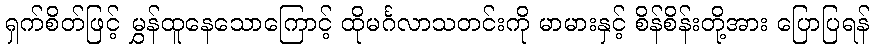
ရှက်စိတ်ဖြင့် မွှန်ထူနေသောကြောင့် ထိုမင်္ဂလာသတင်းကို မာမားနှင့် စိန်စိန်းတို့အား ပြောပြရန်